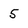
Character: 5